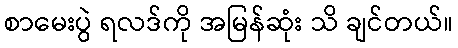
စာမေးပွဲ ရလဒ်ကို အမြန်ဆုံး သိ ချင်တယ်။